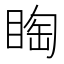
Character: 𱳀